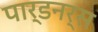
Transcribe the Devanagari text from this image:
पार्डनर्स